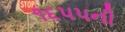
૧૬૫૫ની